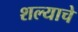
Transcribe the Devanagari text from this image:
शल्याचे